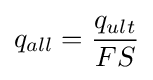
q_{all}={\frac {q_{ult}}{FS}}